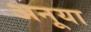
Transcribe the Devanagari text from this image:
अनूया